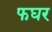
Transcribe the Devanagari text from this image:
फघर